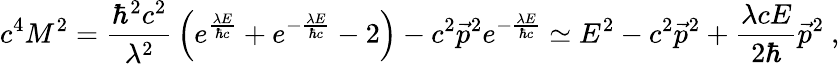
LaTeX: c^{4}M^{2}={\frac{\hbar^{2}c^{2}}{\lambda^{2}}}\left(e^{\frac{\lambda E}{\hbar c}}+e^{-{\frac{\lambda E}{\hbar c}}}-2\right)-c^{2}\vec{p}^{2}e^{-{\frac{\lambda E}{\hbar c}}}\simeq E^{2}-c^{2}\vec{p}^{2}+{\frac{\lambda cE}{2\hbar}}\vec{p}^{2}~,